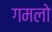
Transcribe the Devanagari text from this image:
गमलो